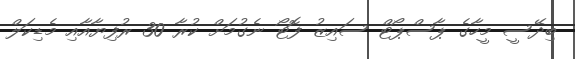
ބިދޭސީ މީހާގެ ޕާސްޕޯޓް ސައިޒު ފޮޓޯ ނެގުމަށް ކުރާ 30 ރުފިޔާއާއި މެޑިކަލް